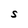
Character: S